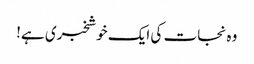
وہ نجات کی ایک خوشخبری ہے!